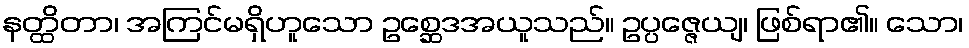
နတ္ထိတာ၊ အကြင်မရှိဟူသော ဥစ္ဆေဒအယူသည်။ ဥပ္ပဇ္ဇေယျ၊ ဖြစ်ရာ၏။ သော၊